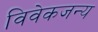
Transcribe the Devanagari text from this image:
विवेकजन्य